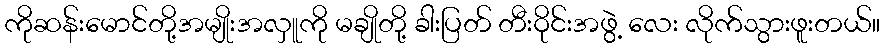
ကိုဆန်းမောင်တို့အမျိုးအလှူကို မချိုတို့ ခါးပြတ် တီးဝိုင်းအဖွဲ့ လေး လိုက်သွားဖူးတယ်။